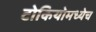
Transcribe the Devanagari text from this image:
टोकियोमध्येच